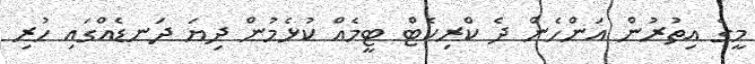
މީގެ އިތުރުން އަންހެން ދެ ކްރިކެޓް ޓީމެއް ކުޅެމުން ދިޔަ ދަނޑެއްގައި ހުރި